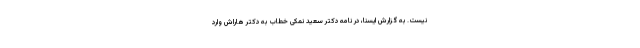
نیست. به گزارش ایسنا، در نامه دکتر سعید نمکی خطاب به دکتر هاراش وارد